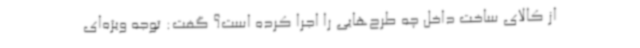
از کالای ساخت داخل چه طرح‌هایی را اجرا کرده است؟ گفت: توجه ویژه‌ای